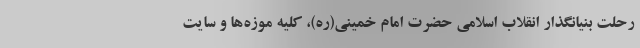
رحلت بنیانگذار انقلاب اسلامی حضرت امام خمینی(ره)، کلیه موزه‌ها و سایت